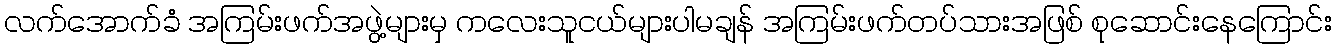
လက်အောက်ခံ အကြမ်းဖက်အဖွဲ့များမှ ကလေးသူငယ်များပါမချန် အကြမ်းဖက်တပ်သားအဖြစ် စုဆောင်းနေကြောင်း